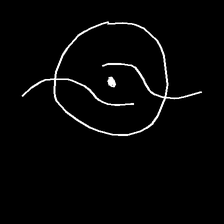
Glyph: repetition